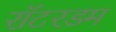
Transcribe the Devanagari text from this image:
रॉटरडम